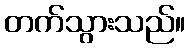
တက်သွားသည်။